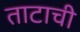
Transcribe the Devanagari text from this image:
ताटाची